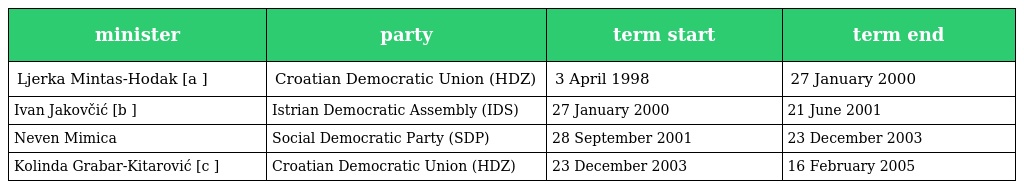
| minister | party | term start | term end |
 | --- | --- | --- | --- |
 | Ljerka Mintas-Hodak [a ] | Croatian Democratic Union (HDZ) | 3 April 1998 | 27 January 2000 |
 | Ivan Jakovčić [b ] | Istrian Democratic Assembly (IDS) | 27 January 2000 | 21 June 2001 |
 | Neven Mimica | Social Democratic Party (SDP) | 28 September 2001 | 23 December 2003 |
 | Kolinda Grabar-Kitarović [c ] | Croatian Democratic Union (HDZ) | 23 December 2003 | 16 February 2005 |